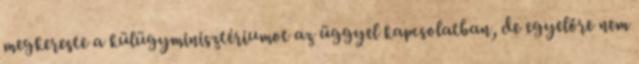
megkereste a külügyminisztériumot az üggyel kapcsolatban, de egyelőre nem